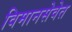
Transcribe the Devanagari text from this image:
विमानसेवेत